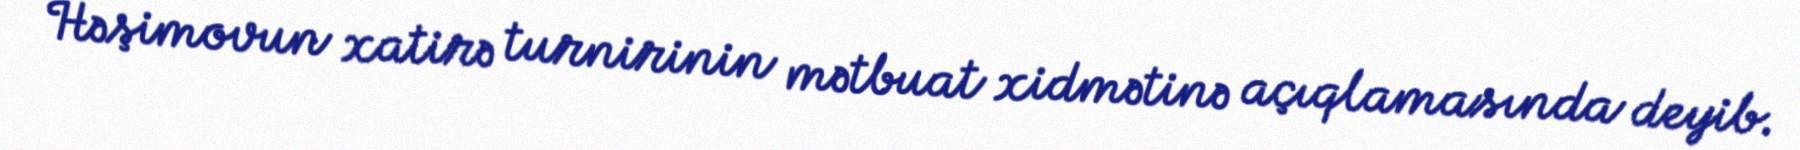
Həşimovun xatirə turnirinin mətbuat xidmətinə açıqlamasında deyib.